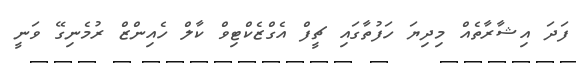
ފަދަ އިޝާރާތެއް މިދިޔަ ހަފުތާގައި ޗީފް އެގްޒެކްޓިވް ކާލް ހެއިންޒް ރުމެނިގޭ ވަނީ